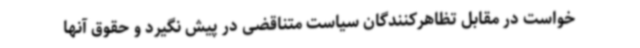
خواست در مقابل تظاهرکنندگان سیاست متناقضی در پیش نگیرد و حقوق آنها